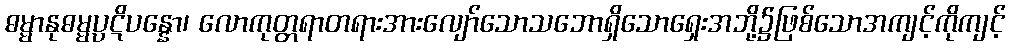
ဓမ္မာနုဓမ္မပ္ပဋိပန္နော၊ လောကုတ္တရာတရားအားလျော်သောသဘောရှိသောရှေးအဘို့၌ဖြစ်သောအကျင့်ကိုကျင့်